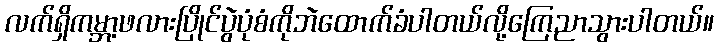
လက်ရှိကမ္ဘာ့ဖလားပြိုင်ပွဲပုံစံကိုဘဲထောက်ခံပါတယ်လို့ကြေညာသွားပါတယ်။